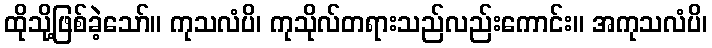
ထိုသို့ဖြစ်ခဲ့သော်။ ကုသလံပိ၊ ကုသိုလ်တရားသည်လည်းကောင်း။ အကုသလံပိ၊